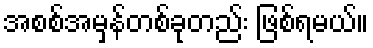
အစစ်အမှန်တစ်ခုတည်း ဖြစ်ရမယ်။